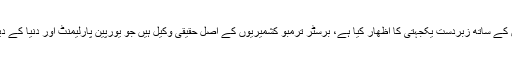
انھوں نے کہا کہ برسٹر مجید ترمبو نے تصاویری نمائش کا اہتمام کر کے کشمیریوں کے ساتھ زبردست یکجہتی کا اظھار کیا ہے، برسٹر ترمبو کشمیریوں کے اصل حقیقی وکیل ہیں جو یورپین پارلیمنٹ اور دنیا کے دیگر بڑے ایوانوں میں کشمیریوں کا مقدمہ لڑ رہے ہیں جس سے بھارت چیخ رہا ہے ۔